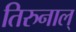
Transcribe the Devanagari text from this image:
तिरुनाल्